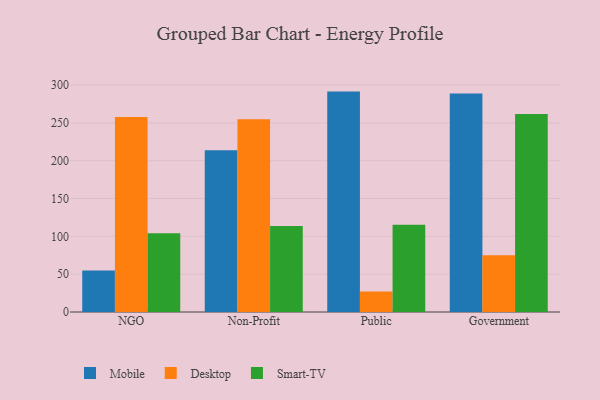
{"axis": {"x": "Segment", "y": "Bounce Rate (%)"}, "legend": ["Desktop", "Mobile", "Smart-TV"], "data": [{"x": "NGO", "y": 54.9, "type": "Mobile"}, {"x": "NGO", "y": 257.7, "type": "Desktop"}, {"x": "NGO", "y": 104.2, "type": "Smart-TV"}, {"x": "Non-Profit", "y": 213.9, "type": "Mobile"}, {"x": "Non-Profit", "y": 254.8, "type": "Desktop"}, {"x": "Non-Profit", "y": 113.6, "type": "Smart-TV"}, {"x": "Public", "y": 291.3, "type": "Mobile"}, {"x": "Public", "y": 27.0, "type": "Desktop"}, {"x": "Public", "y": 115.4, "type": "Smart-TV"}, {"x": "Government", "y": 288.8, "type": "Mobile"}, {"x": "Government", "y": 75.0, "type": "Desktop"}, {"x": "Government", "y": 261.6, "type": "Smart-TV"}]}